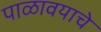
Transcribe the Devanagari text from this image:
पाळावयाचे